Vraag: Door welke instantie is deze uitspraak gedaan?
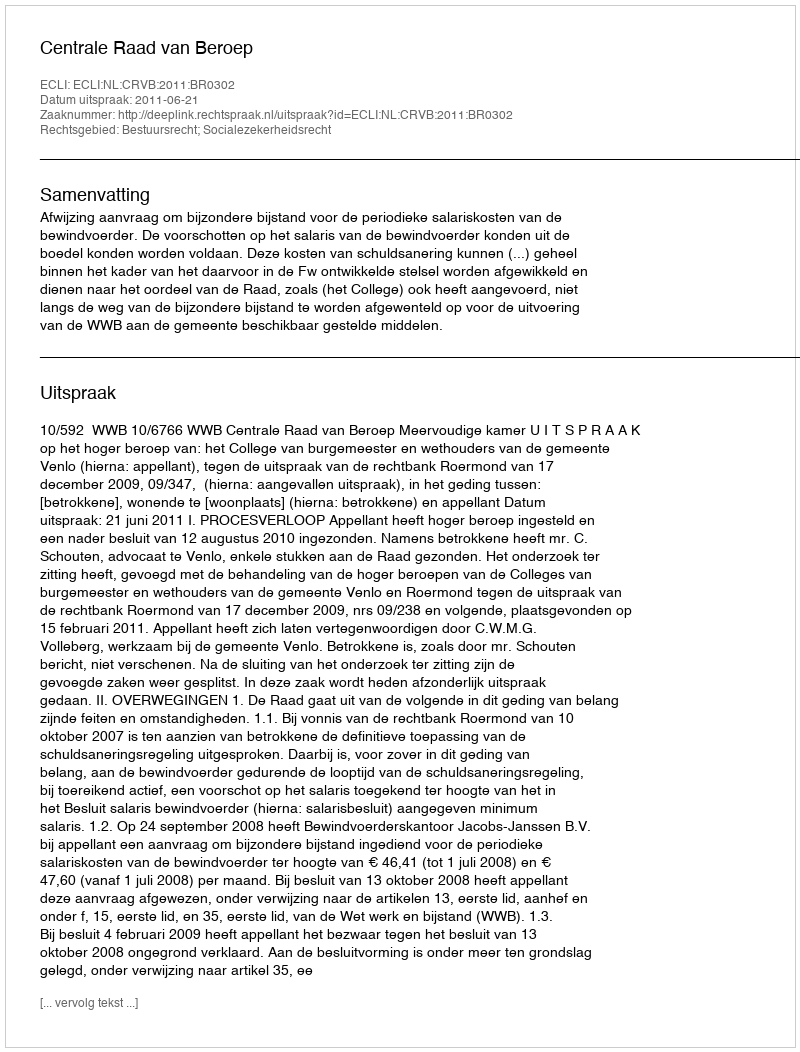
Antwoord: Centrale Raad van Beroep